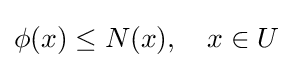
\phi (x)\leq N(x),\quad x\in U